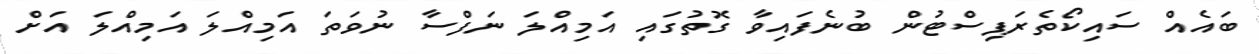
ބައެއް ސައިކޯތެރަޕިސްޓުން ބުނެފައިވާ ގޮތުގައި އަމިއްލަ ނަފްސާ ނުވަތަ އަމިއްލަ އަމިއްލަ އަށް